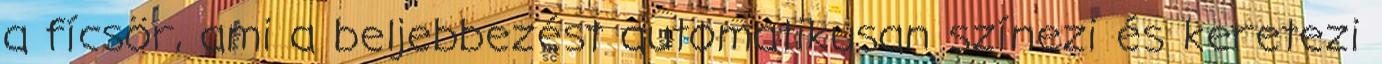
a fícsör, ami a beljebbezést automatikusan színezi és keretezi